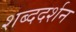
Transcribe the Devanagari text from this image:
शब्ददर्शन